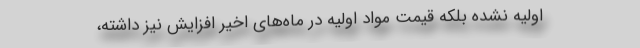
اولیه نشده بلکه قیمت مواد اولیه در ماه‌های اخیر افزایش نیز داشته،